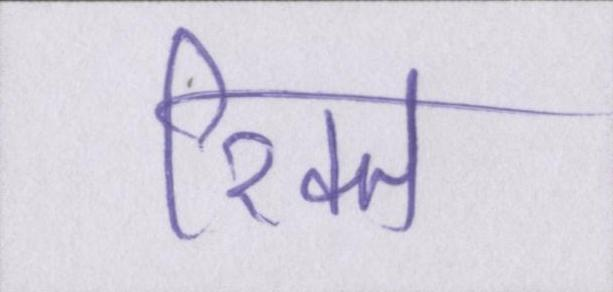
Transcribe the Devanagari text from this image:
रिक्त